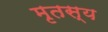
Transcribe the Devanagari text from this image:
मृतस्य